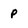
Character: p